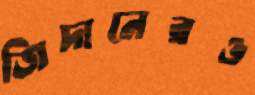
জিদানেরও